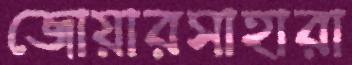
জোয়ারসাহারা